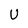
Character: U